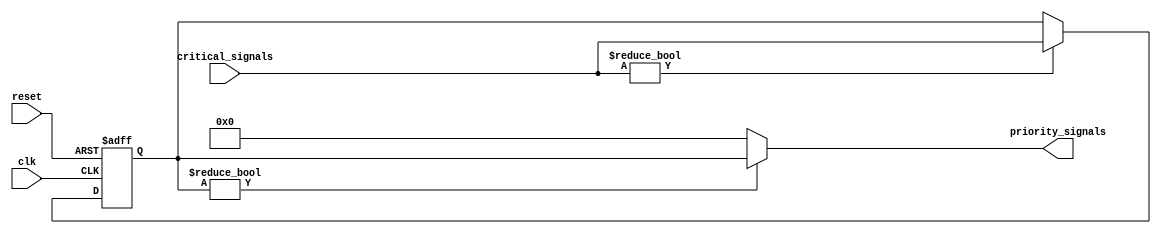
module priority_bypass_register (
    input wire clk,
    input wire reset,
    input wire [7:0] critical_signals,
    output reg [7:0] priority_signals
);

reg [7:0] bypass_register;

always @ (posedge clk or posedge reset) begin
    if (reset) begin
        bypass_register <= 8'b0;
    end else begin
        if (critical_signals != 8'b0) begin
            bypass_register <= critical_signals;
        end
    end
end

always @* begin
    if (bypass_register != 8'b0) begin
        priority_signals = bypass_register;
    end else begin
        priority_signals = 8'b0;
    end
end

endmodule